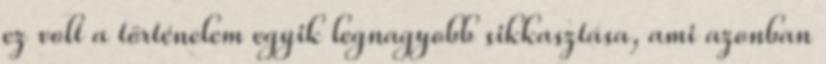
ez volt a történelem egyik legnagyobb sikkasztása, ami azonban